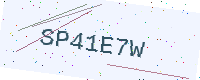
Text: SP41E7W